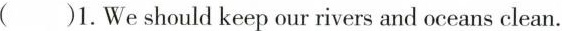
( )1.We should keep our rivers and oceans clean。